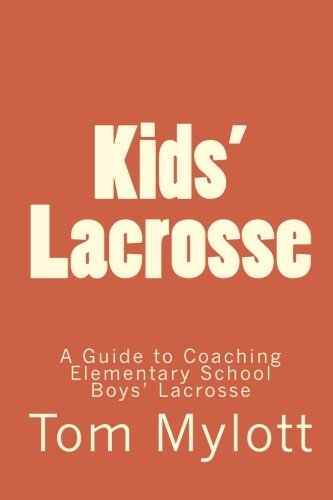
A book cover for Kids' Lacrosse: A Guide to Coaching Elementary School Boys' Lacrosse; Tom Mylott; Sports & Outdoors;